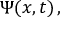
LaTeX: \Psi ( x , t ) \, ,